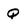
Character: Q